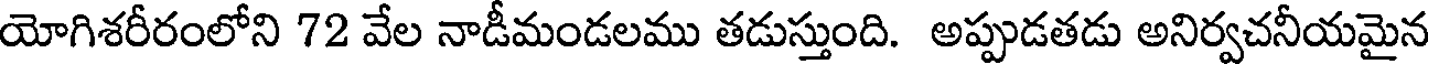
యోగిశరీరంలోని 72 వేల నాడీమండలము తడుస్తుంది. అప్పుడతడు అనిర్వచనీయమైన